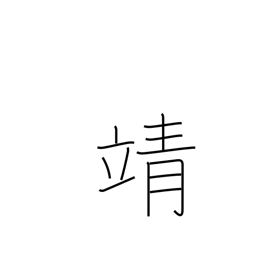
Meaning: peaceful